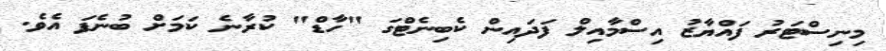
މިނިސްޓަރު ފައްޔާޒު އިސްމާއިލް ފަދައިން ކެބިނެޓްގަ "ހާޑް" ކުރާނެ ކަމަށް ބުނެފަ އެވެ.